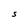
Character: S